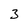
Character: 3